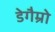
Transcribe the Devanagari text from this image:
डेगैम्रो